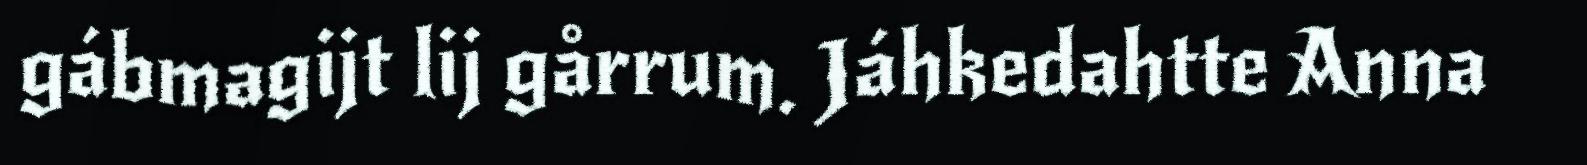
gábmagijt lij gårrum. Jáhkedahtte Anna